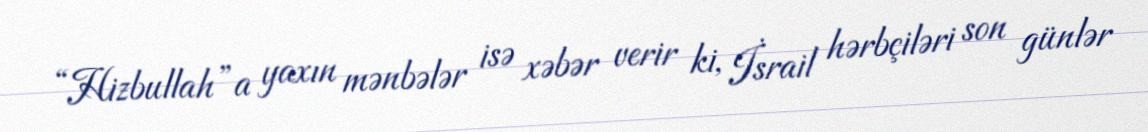
“Hizbullah”a yaxın mənbələr isə xəbər verir ki, İsrail hərbçiləri son günlər